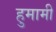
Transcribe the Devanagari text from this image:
हुमामी